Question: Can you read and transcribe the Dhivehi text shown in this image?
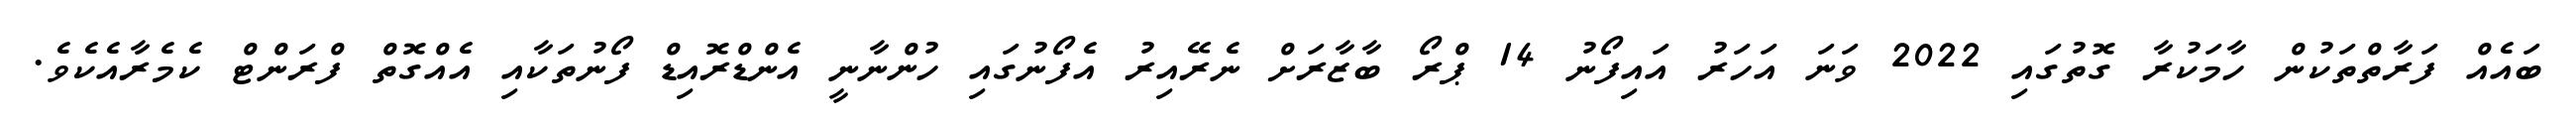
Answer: ބައެއް ފަރާތްތަކުން ހާމަކުރާ ގޮތުގައި 2022 ވަނަ އަހަރު އައިފޯނު 14 ޕްރޯ ބާޒާރަށް ނެރޭއިރު އެފޯނުގައި ހުންނާނީ އެންޑްރޮއިޑް ފޯނުތަކާއި އެއްގޮތް ފްރަންޓް ކެމެރާއެކެވެ.